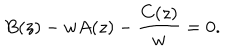
B ( z ) - w A ( z ) - \frac { C ( z ) } { w } = 0 .